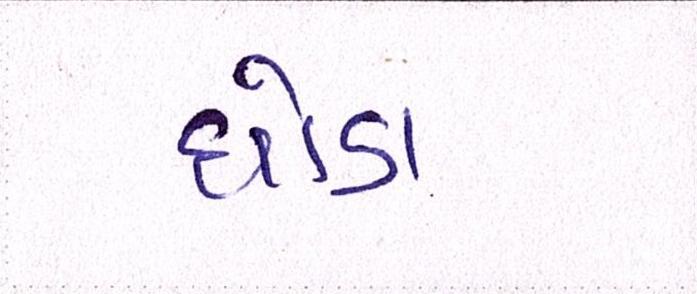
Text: ઘોડા